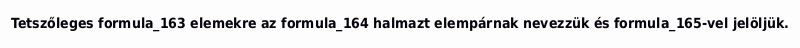
Tetszőleges formula_163 elemekre az formula_164 halmazt elempárnak nevezzük és formula_165-vel jelöljük.